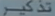
Transcribetheimage